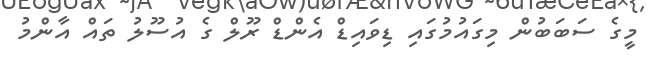
މީގެ ސަބަބުން މިގައުމުގައި ޑިވައިޑް އެންޑް ރޫލް ގެ އުސޫލު ތައް އާންމު